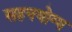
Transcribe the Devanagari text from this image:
सहनयोग्य